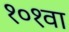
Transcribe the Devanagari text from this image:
१०१वा